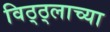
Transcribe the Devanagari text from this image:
विठ्ठ्लाच्या